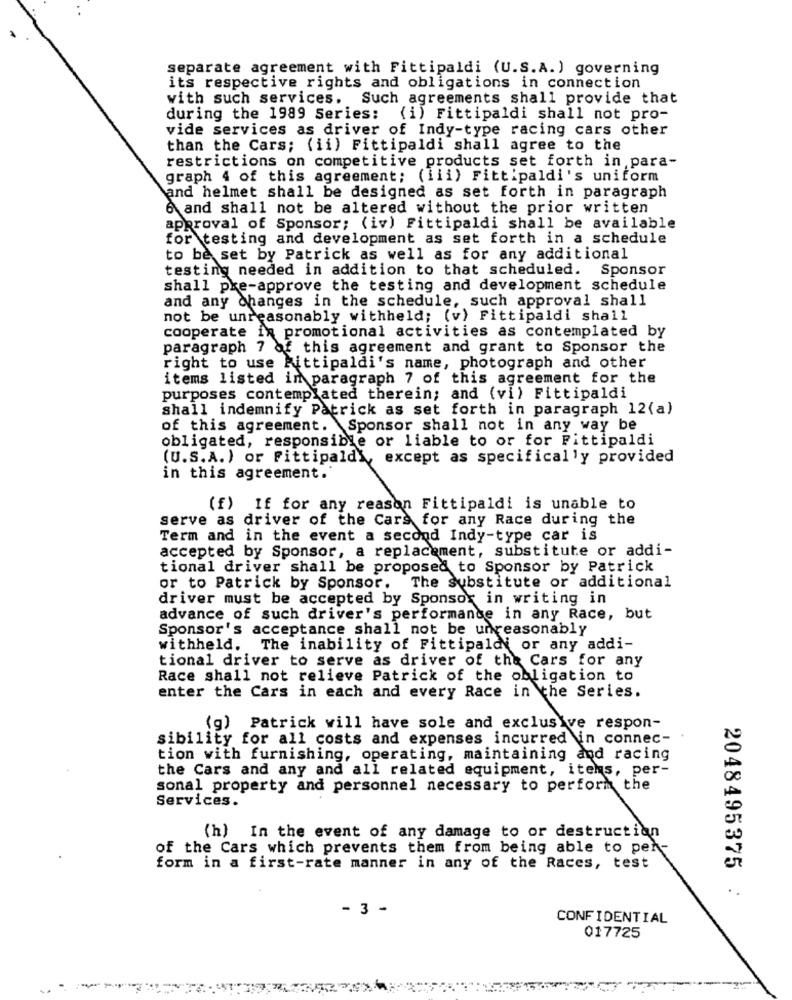
separate agreement with Fittipaldi (U.S.A.) governing
its respective rights and obligations in connection
with such services. Such agreements shall provide that
during the 1989 Series: (i) Fittipaldi shall not pro-
vide services as driver of Indy-type racing cars other
than the Cars; (ii) Fittipaldi shall agree to the
restrictions on competitive products set forth in,para-
graph 4 of this agreement; (iii) Fittipaldi's uniform
and helmet shall be designed as set forth in paragraph
6 and shall not be altered without the prior written
approval of Sponsor; (iv) Fittipaldi shall be available
for testing and development as set forth in a schedule
to be set by Patrick as well as for any additional
testing needed in addition to that scheduled. Sponsor
shall pke-approve the testing and development schedule
and any changes in the schedule, such approval shall
not be unreasonably withheld; (v) Fittipaldi shall
cooperate in promotional activities as contemplated by
paragraph 7 of this agreement and grant to Sponsor the
right to use Rittipaldi's name, photograph and other
items listed in paragraph 7 of this agreement for the
purposes contemplated therein; and (vi) Fittipaldi
shall indemnify Patrick as set forth in paragraph 12(a)
of this agreement. Sponsor shall not in any way be
obligated, responsible or liable to or for Fittipaldi
(U.S.A.) or Fittipaldi, except as specifically provided
in this agreement.
(f) If for any reason Fittipaldi is unable to
serve as driver of the Cars for any Race during the
Term and in the event a second Indy-type car is
accepted by Sponsor, a replacement, substitute or addi-
tional driver shall be proposed to Sponsor by Patrick
or to Patrick by Sponsor.
The substitute or additional
driver must be accepted by Sponsor in writing in
advance of such driver's performance in any Race, but
Sponsor's acceptance shall not be unreasonably
withheld. The inability of Fittipaldi or any addi-
tional driver to serve as driver of the Cars for any
Race shall not relieve Patrick of the obligation to
enter the Cars in each and every Race in the Series.
(g) Patrick will have sole and exclusive respon-
sibility for all costs and expenses incurred in connec-
tion with furnishing, operating, maintaining and racing
the Cars and any and all related equipment, items, per-
sonal property and personnel necessary to perform the
Services.
(h) In the event of any damage to or destruction
of the Cars which prevents them from being able to per-
form in a first-rate manner in any of the Races, test
2048495375 :
- 3 -
CONFIDENTIAL
017725